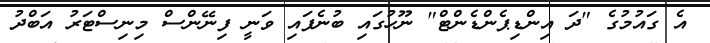
އެ ގައުމުގެ "ދަ އިންޑިޕެންޑެންޓް" ނޫހުގައި ބުނެފައި ވަނީ ފިނޭންސް މިނިސްޓަރު އަބްދު